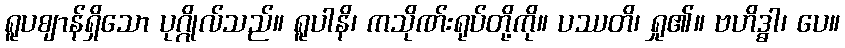
ရူပဈာန်ရှိသော ပုဂ္ဂိုလ်သည်။ ရူပါနိ၊ ကသိုဏ်းရုပ်တို့ကို။ ပဿတိ၊ ရှု၏။ ဗဟိဒ္ဓါ၊ ပေ။